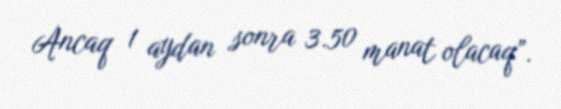
Ancaq 1 aydan sonra 3.50 manat olacaq”.